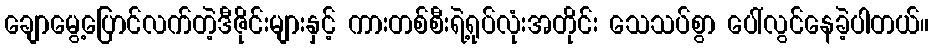
ချောမွေ့ပြောင်လက်တဲ့ဒီဇိုင်းများနှင့် ကားတစ်စီးရဲ့ရုပ်လုံးအတိုင်း သေသပ်စွာ ပေါ်လွင်နေခဲ့ပါတယ်။